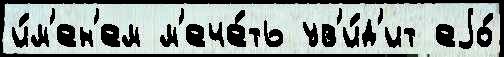
и́м'ен'ем м'ече́ть ув'и́д'ит еjо́